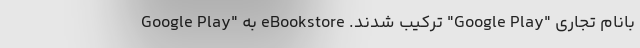
بانام تجاری "Google Play" ترکیب شدند. eBookstore به "Google Play